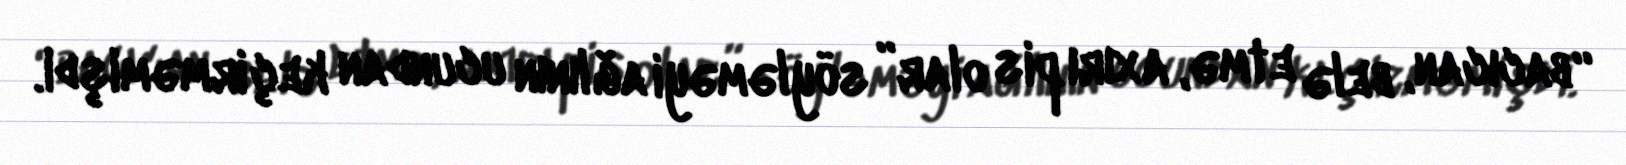
“bacıcan, belə etmə, axırı pis olar” söyləməyi ağlının ucundan keçirməmişdi.